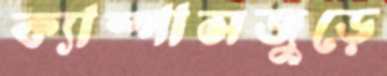
ক্যাম্পাসজুড়ে